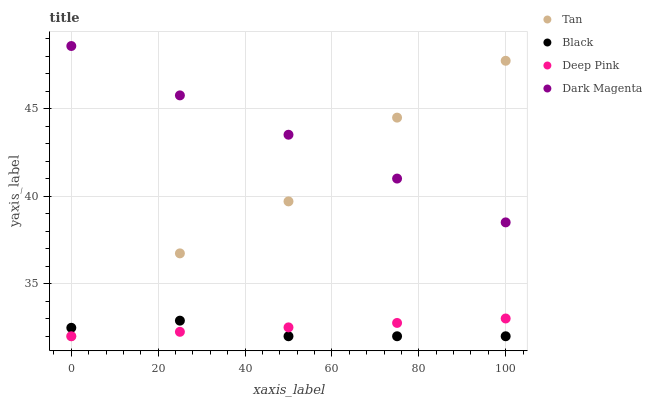
| xaxis_label | Tan | Black | Deep Pink | Dark Magenta |
 | --- | --- | --- | --- | --- |
 | 0 | 32 | 32.5 | 32 | 48.6 |
 | 25 | 36.7 | 32.9 | 32.3 | 45.8 |
 | 50 | 39.7 | 32 | 32.5 | 43.5 |
 | 75 | 44.5 | 32 | 32.8 | 41 |
 | 100 | 47.7 | 32 | 33 | 38.5 |